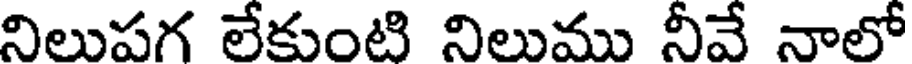
నిలుపగ లేకుంటి నిలుము నీవే నాలో